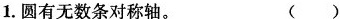
1.圆有无数条对称轴。 ()